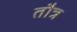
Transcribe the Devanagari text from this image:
तौत्र